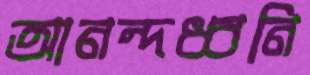
আনন্দধ্বনি